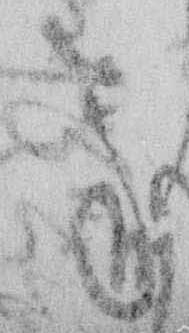
承